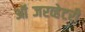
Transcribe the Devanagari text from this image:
ऑब्जरव्हेटरी